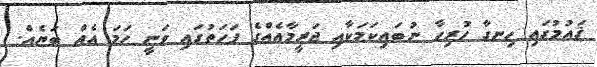
ޤައުމުގައި ހިނގާ ހުރިހާ ނުބައިކަމަކާއި ޖަރީމާއެއްގެ ފަހަތުގައި ވަނީ ހަމަ އެއް ބަޔެއް.